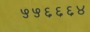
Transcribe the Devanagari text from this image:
५५६६६४